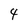
Character: 4